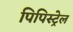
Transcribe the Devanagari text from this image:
पिपिस्ट्रेल